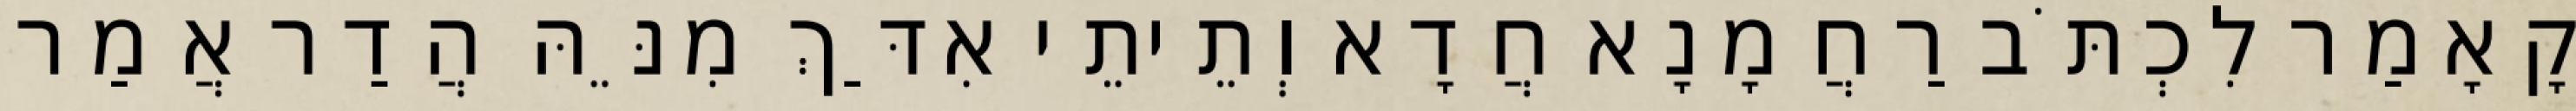
קָאָמַר לִכְתֹּב רַחֲמָנָא חֲדָא וְתֵיתֵי אִדַּךְ מִנֵּהּ הֲדַר אֲמַר